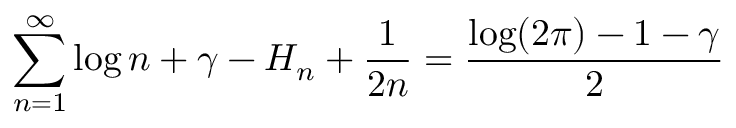
\sum _ { n = 1 } ^ { \infty } \log n + \gamma - H _ { n } + { \frac { 1 } { 2 n } } = { \frac { \log ( 2 \pi ) - 1 - \gamma } { 2 } }